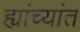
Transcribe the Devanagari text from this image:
ह्यांच्यांत